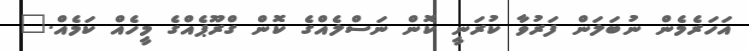
އަހަރެމެން ނުބަލަން ފަރުވާ ކުރަނީ ކޮން ނަސްލެއްގެ ކޮން ގްރޫޕެއްގެ މީހެއް ކަމެއް."